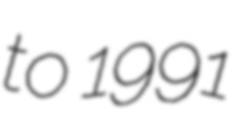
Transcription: to 1991